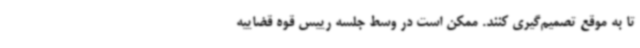
تا به موقع تصمیم‌گیری کنند. ممکن است در وسط جلسه رییس قوه قضاییه